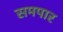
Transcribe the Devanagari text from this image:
समपार